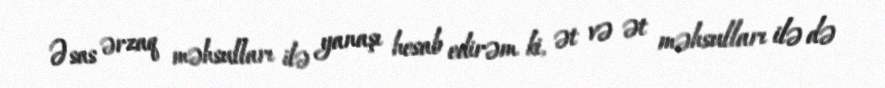
Əsas ərzaq məhsulları ilə yanaşı hesab edirəm ki, ət və ət məhsulları ilə də